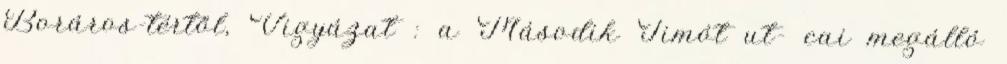
Boráros-tértől, Vigyázat : a Második Timót ut- cai megálló